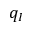
q _ { I }